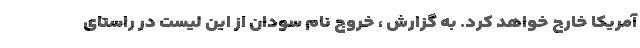
آمریکا خارج خواهد کرد. به گزارش ، خروج نام سودان از این لیست در راستای